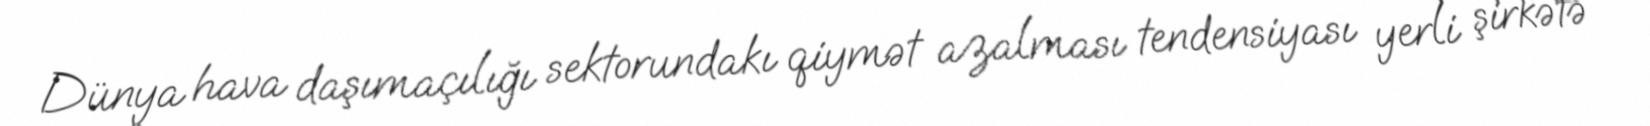
Dünya hava daşımaçılığı sektorundakı qiymət azalması tendensiyası yerli şirkətə